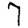
Digit: 7